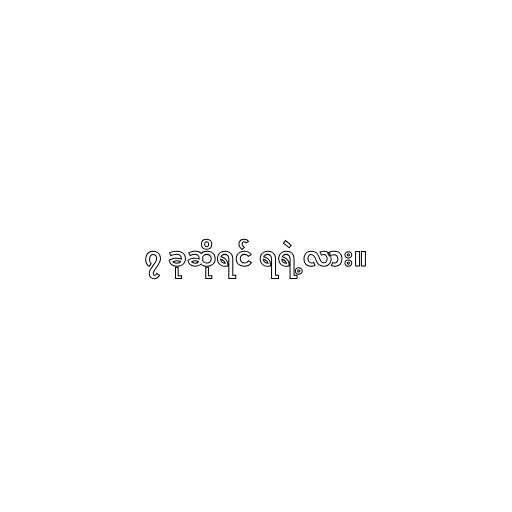
၇ ခုဆိုရင် ရရဲ့လား။